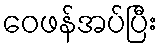
ဝေဖန်အပ်ပြီး